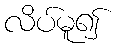
လိပ်မူ၍